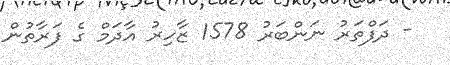
- ދަފްތަރު ނަންބަރު 1578 ޒާހިރު އާދަމް ގެ ފަރާތުން